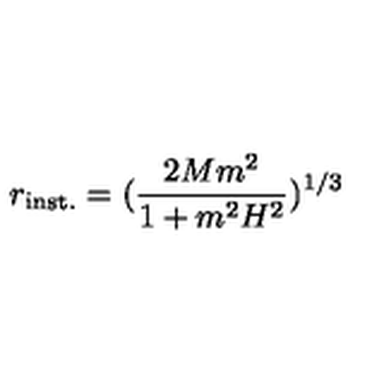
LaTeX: r _ { \mathrm { i n s t . } } = ( \frac { 2 M m ^ { 2 } } { 1 + m ^ { 2 } H ^ { 2 } } ) ^ { 1 / 3 }